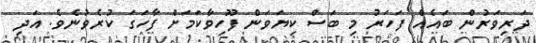
ދަރިވަރުން ބައެއް ފަހަރު މި ބަސް ކިޔަވަން ފޫހިވާކަމަށް ފާހަގަ ކުރެވުނެވެ. އަދި